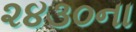
૨૪૩૦ના